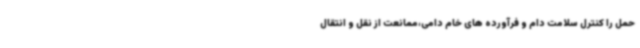
حمل را کنترل سلامت دام و فرآورده های خام دامی،ممانعت از نقل و انتقال